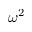
\omega ^ { 2 }